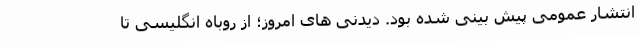
انتشار عمومی پیش بینی شده بود. دیدنی های امروز؛ از روباه انگلیسی تا